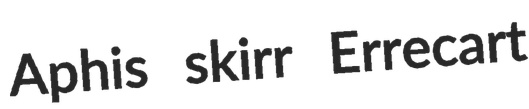
Aphis skirr Errecart